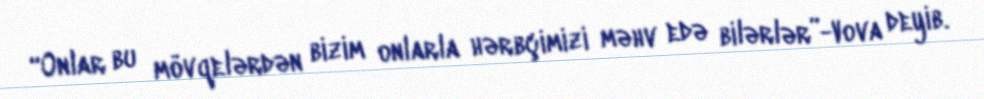
“Onlar bu mövqelərdən bizim onlarla hərbçimizi məhv edə bilərlər”-Vova deyib.